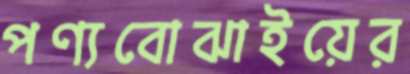
পণ্যবোঝাইয়ের